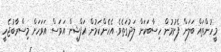
މީހުންތައް ބަލަން ފެށުމުން ހިސާބަކަށް ލަދުގަތެވެ. އެހެންކަމުން އަފްޝީން އަވަސް އަވަހަށް މިސްރާބުޖެހީ